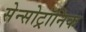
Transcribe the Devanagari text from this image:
सेन्सोट्रॉनिक